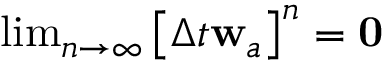
\begin{array} { r } { \operatorname* { l i m } _ { n \rightarrow { } \infty } \left[ \Delta t { } \mathbf { w } _ { a } \right] ^ { n } = \mathbf { 0 } } \end{array}